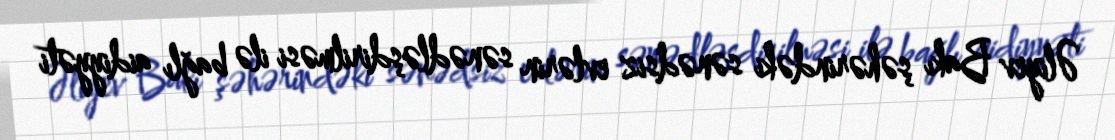
Əliyev Bakı şəhərindəki sənədsiz evlərin sənədləşdirilməsi ilə bağlı aidiyyəti